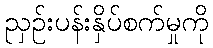
ညှဉ်းပန်းနှိပ်စက်မှုကို